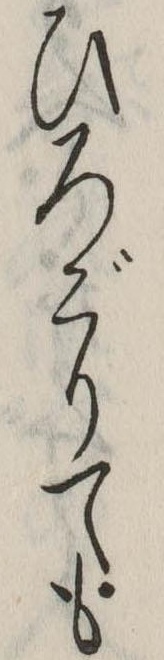
ひろごりても